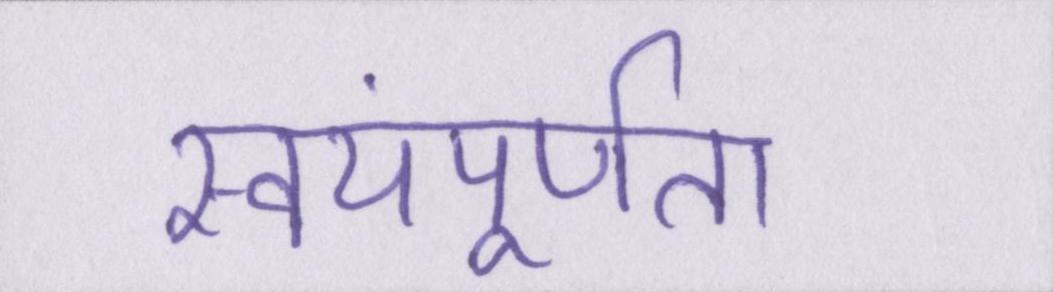
स्वयंपूर्णता